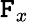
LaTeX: \mathtt{F}_{x}